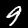
Label: 9